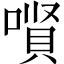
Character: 𱔊